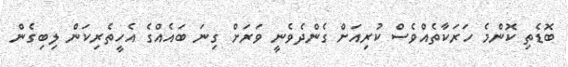
ބޮޑެތި ކޮންމެ ހަރަކާތެއްވެސް ކުރިއަށް ގެންދެވެނީ ވަރަށް ގިނަ ބައެއްގެ އެހީތެރިކަން ލިބިގެން